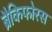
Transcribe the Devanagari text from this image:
ब्रैकिफोरस